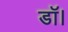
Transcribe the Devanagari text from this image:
डाॅ।